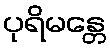
ပုရိမန္တေ